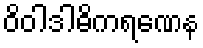
ဝိဝါဒါဓိကရဏေန